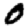
Digit: 0